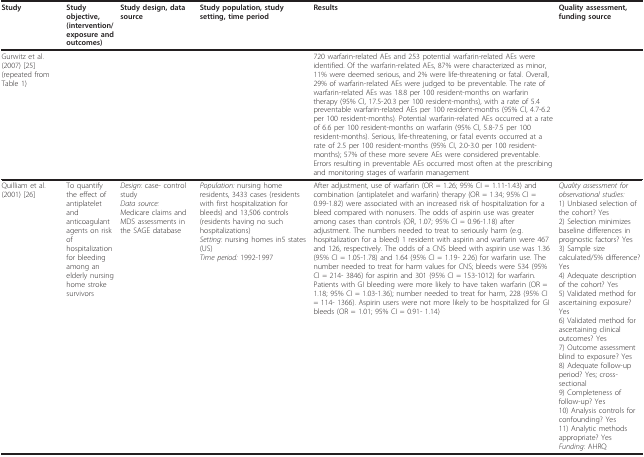
<table><thead><tr><td><b>Study</b></td><td><b>Study objective, (intervention/exposure and outcomes)</b></td><td><b>Study design, data source</b></td><td><b>Study population, study setting, time period</b></td><td><b>Results</b></td><td><b>Quality assessment, funding source</b></td></tr></thead><tbody><tr><td>Gurwitz et al. (2007) [25] (repeated from Table 1)</td><td></td><td></td><td></td><td>720 warfarin-related AEs and 253 potential warfarin-related AEs were identified. Of the warfarin-related AEs, 87% were characterized as minor, 11% were deemed serious, and 2% were life-threatening or fatal. Overall, 29% of warfarin-related AEs were judged to be preventable. The rate of warfarin-related AEs was 18.8 per 100 resident-months on warfarin therapy (95% CI, 17.5-20.3 per 100 resident-months), with a rate of 5.4 preventable warfarin-related AEs per 100 resident-months (95% CI, 4.7-6.2 per 100 resident-months). Potential warfarin-related AEs occurred at a rate of 6.6 per 100 resident-months on warfarin (95% CI, 5.8-7.5 per 100 resident-months). Serious, life-threatening, or fatal events occurred at a rate of 2.5 per 100 resident-months (95% CI, 2.0-3.0 per 100 resident-months); 57% of these more severe AEs were considered preventable. Errors resulting in preventable AEs occurred most often at the prescribing and monitoring stages of warfarin management</td><td></td></tr><tr><td>Quilliam et al. (2001) [26]</td><td>To quantify the effect of antiplatelet and anticoagulant agents on risk of hospitalization for bleeding among an elderly nursing home stroke survivors</td><td><i>Design: </i>case- control study<i>Data source:</i>Medicare claims and MDS assessments in the SAGE database</td><td><i>Population: </i>nursing home residents, 3433 cases (residents with first hospitalization for bleeds) and 13,506 controls (residents having no such hospitalizations)<i>Setting: </i>nursing homes in5 states (US)<i>Time period: </i>1992-1997</td><td>After adjustment, use of warfarin (OR = 1.26; 95% CI = 1.11-1.43) and combination (antiplatelet and warfarin) therapy (OR = 1.34; 95% CI = 0.99-1.82) were associated with an increased risk of hospitalization for a bleed compared with nonusers. The odds of aspirin use was greater among cases than controls (OR, 1.07; 95% CI = 0.96-1.18) after adjustment. The numbers needed to treat to seriously harm (e.g. hospitalization for a bleed) 1 resident with aspirin and warfarin were 467 and 126, respectively. The odds of a CNS bleed with aspirin use was 1.36 (95% CI = 1.05-1.78) and 1.64 (95% CI = 1.19- 2.26) for warfarin use. The number needed to treat for harm values for CNS; bleeds were 534 (95% CI = 214- 3846) for aspirin and 301 (95% CI = 153-1012) for warfarin. Patients with GI bleeding were more likely to have taken warfarin (OR = 1.18; 95% CI = 1.03-1.36); number needed to treat for harm, 228 (95% CI = 114- 1366). Aspirin users were not more likely to be hospitalized for GI bleeds (OR = 1.01; 95% CI = 0.91- 1.14)</td><td><i>Quality assessment for observational studies:</i>1) Unbiased selection of the cohort? Yes2) Selection minimizes baseline differences in prognostic factors? Yes3) Sample size calculated/5% difference? Yes4) Adequate description of the cohort? Yes5) Validated method for ascertaining exposure? Yes6) Validated method for ascertaining clinical outcomes? Yes7) Outcome assessment blind to exposure? Yes8) Adequate follow-up period? Yes; cross-sectional9) Completeness of follow-up? Yes10) Analysis controls for confounding? Yes11) Analytic methods appropriate? Yes<i>Funding: </i>AHRQ</td></tr></tbody></table>